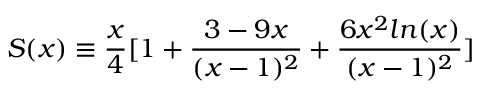
S ( x ) \equiv \frac { x } { 4 } [ 1 + \frac { 3 - 9 x } { ( x - 1 ) ^ { 2 } } + \frac { 6 x ^ { 2 } l n ( x ) } { ( x - 1 ) ^ { 2 } } ]